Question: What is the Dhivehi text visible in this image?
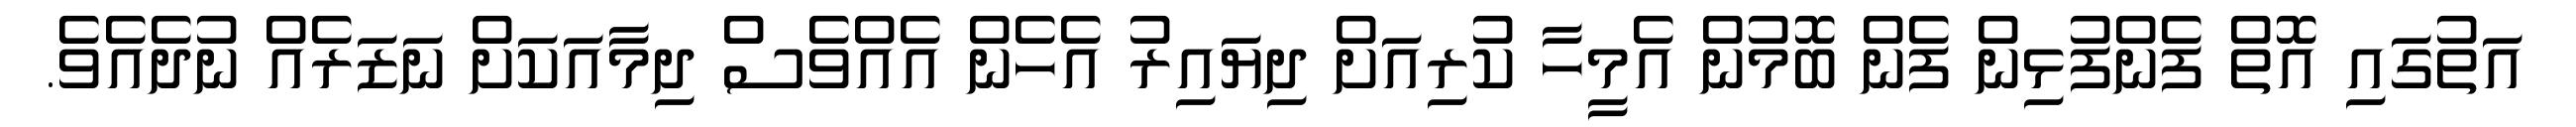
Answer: އަތުގައި އޮތް ފެންފުޅިން ފެން ބޮމުން އެމީހާ ކުރިއަށް ދިޔައިރު އެހެން އެއްވެސް ދިމާއަކަށް ނަޒަރެއް ނުދެއެވެ.